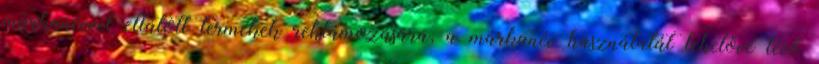
márkanévvel ellátott termékek reklámozására, a márkanév használatát lehetővé tévő